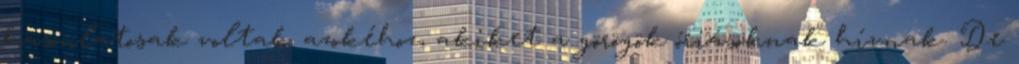
hasonlatosak voltak azokéhoz, akiket a görögök óriásoknak hívnak. De